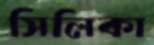
সিলিকা